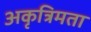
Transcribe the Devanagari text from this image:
अकृत्रिमता